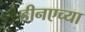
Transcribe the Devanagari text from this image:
डीनएच्या